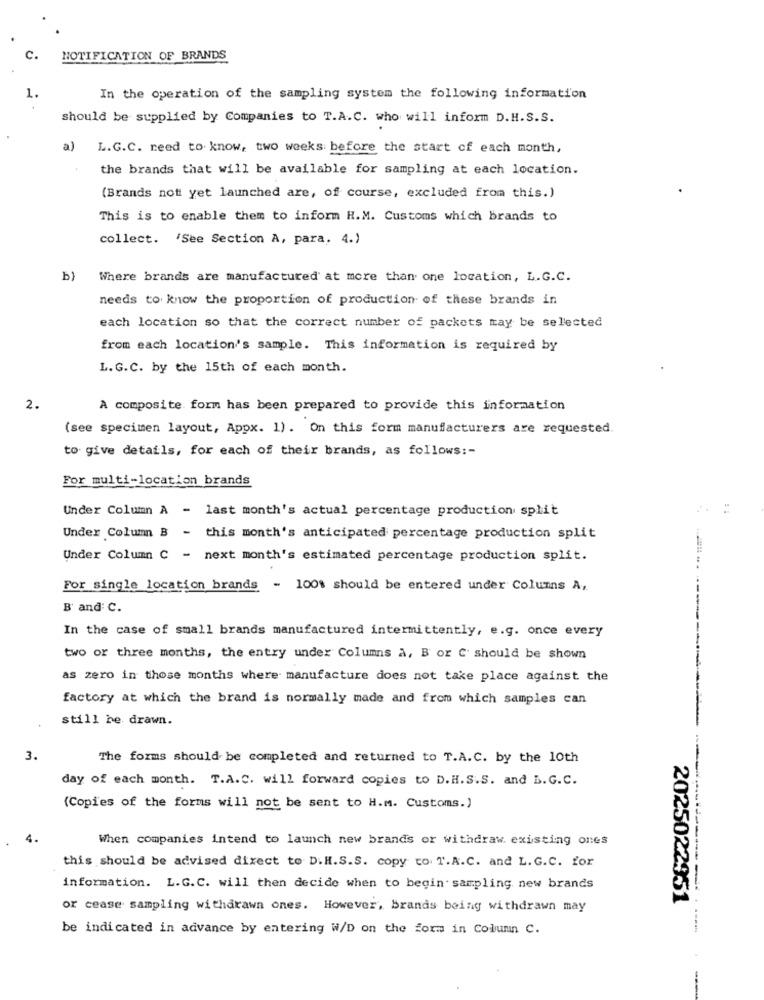
NOTIFICATION OF BRANDS
In the operation of the sampling system the following information
should be supplied by Companies to T.A.C. who will inform D.H.S.S.
a)
L.G.C. need to know, two weeks before the start of each month,
the brands that will be available for sampling at each location.
(Brands not yet launched are, of course, excluded from this.)
This is to enable them to inform H.M. Customs which brands to
collect. 'See Section A, para. 4.)
b)
Where brands are manufactured at more than one location, L.G.C.
needs to know the proportion of production of these brands in
each location so that the correct number of packets may be selected
from each location's sample. This information is required by
L. G. C. by the 15th of each month.
2.
A composite form has been prepared to provide this information
(see specimen layout, Appx. 1). On this form manufacturers are requested
to give details, for each of their brands, as follows :-
For multi-location brands
Under Column A - last month's actual percentage production split
Under Column B - this month's anticipated percentage production split
Under Column C - next month's estimated percentage production split.
For single location brands - 100% should be entered under Columns A,
B' and C.
In the case of small brands manufactured intermittently, e.g. once every
two or three months, the entry under Columns a, B or C' should be shown
as zero in those months where manufacture does not take place against the
factory at which the brand is normally made and from which samples can
still be drawn.
3.
The forms should be completed and returned to T.A.C. by the 10th
day of each month. T.A. C. will forward copies to D.H.S.S. and B.G.C.
(Copies of the forms will not be sent to H.M. Customs.)
When companies intend to launch new brands or withdraw existing ones
this should be advised direct to D.H.S.S. copy to. T.A.C. and L. G.C. for
information. L.G.C. will then decide when to begin sampling new brands
or cease sampling withdrawn ones. However, Brands being withdrawn may
2025022951
be indicated in advance by entering W/D on the form in Column C.
-